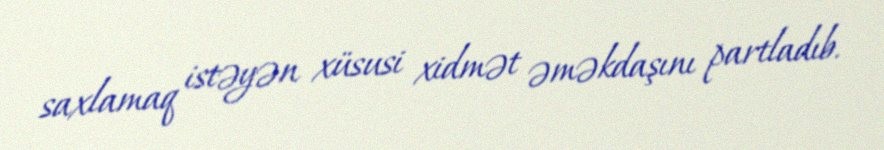
saxlamaq istəyən xüsusi xidmət əməkdaşını partladıb.